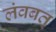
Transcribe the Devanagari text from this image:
लंवबत्‌